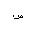
Letter: _sad